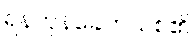
ရန်ကုန်ခေတ်သစ်၏